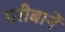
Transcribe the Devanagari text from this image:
गरीबानें